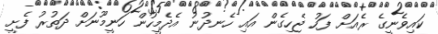
ކައިވެނީގެ ރެއަށް ފަހު ޖެހިގެން އައި ހެނދުނު އެދެމީހުން ހަނީމޫނަށް ދަތުރު ފެށީ